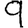
Digit: 9